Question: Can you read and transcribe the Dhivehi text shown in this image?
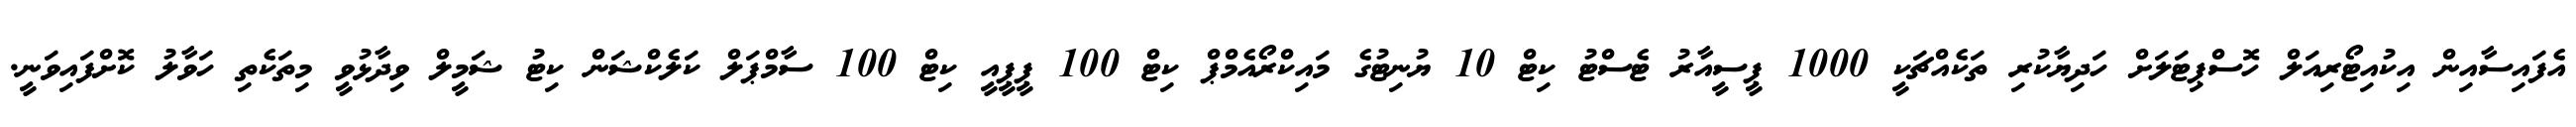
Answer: އެފައިސާއިން އިކުއިޓޯރިއަލް ހޮސްޕިޓަލަށް ހަދިޔާކުރި ތަކެއްޗަކީ 1000 ޕީސީއާރު ޓެސްޓު ކިޓް 10 ޔުނިޓުގެ މައިކްރޯއެމްޕް ކިޓް 100 ޕީޕީއީ ކިޓް 100 ސާމްޕަލް ކަލެކްޝަން ކިޓު ޝަމީލް ވިދާޅުވީ މިތަކެތި ހަވާލު ކޮށްފައިވަނީ.